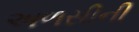
અળસીની